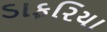
ડાફરિયા